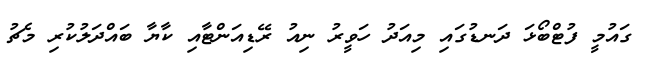
ގައުމީ ފުޓްބޯޅަ ދަނޑުގައި މިއަދު ހަވީރު ނިއު ރޭޑިއަންޓާއި ކާޔާ ބައްދަލުކުރި މެޗު